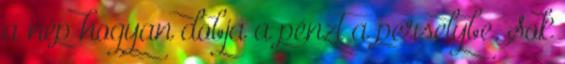
a nép hogyan dobja a pénzt a perselybe. Sok